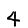
Digit: 4